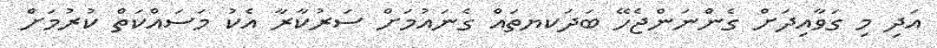
އަދި މި ގަވާއިދަށް ގެންނަންޖެހޭ ބަދަކޔތައް ގެނައުމަށް ސަރުކާރާ އެކު މަސައްކަތް ކުރުމަށް